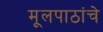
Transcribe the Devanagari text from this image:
मूलपाठांचे